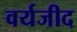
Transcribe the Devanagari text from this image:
वर्यजीद